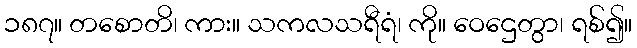
၁၈၇။ တစောတိ၊ ကား။ သကလသရီရံ၊ ကို။ ဝေဌေတွာ၊ ရစ်၍။